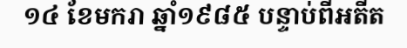
១៤ ខែមករា ឆ្នាំ១៩៨៥ បន្ទាប់ពីអតីត